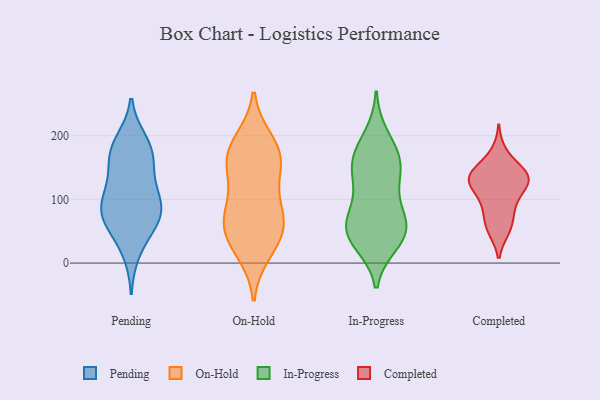
{"axis": {"x": "Satisfaction Score", "y": "Value"}, "legend": ["Completed", "In-Progress", "On-Hold", "Pending"], "data": [{"x": "", "y": 90, "type": "Pending"}, {"x": "", "y": 165, "type": "Pending"}, {"x": "", "y": 17, "type": "Pending"}, {"x": "", "y": 95, "type": "Pending"}, {"x": "", "y": 86, "type": "Pending"}, {"x": "", "y": 56, "type": "Pending"}, {"x": "", "y": 192, "type": "Pending"}, {"x": "", "y": 186, "type": "Pending"}, {"x": "", "y": 170, "type": "Pending"}, {"x": "", "y": 123, "type": "Pending"}, {"x": "", "y": 118, "type": "Pending"}, {"x": "", "y": 66, "type": "Pending"}, {"x": "", "y": 82, "type": "Pending"}, {"x": "", "y": 161, "type": "Pending"}, {"x": "", "y": 61, "type": "Pending"}, {"x": "", "y": 141, "type": "On-Hold"}, {"x": "", "y": 107, "type": "On-Hold"}, {"x": "", "y": 66, "type": "On-Hold"}, {"x": "", "y": 67, "type": "On-Hold"}, {"x": "", "y": 63, "type": "On-Hold"}, {"x": "", "y": 157, "type": "On-Hold"}, {"x": "", "y": 192, "type": "On-Hold"}, {"x": "", "y": 165, "type": "On-Hold"}, {"x": "", "y": 17, "type": "On-Hold"}, {"x": "", "y": 167, "type": "On-Hold"}, {"x": "", "y": 43, "type": "On-Hold"}, {"x": "", "y": 183, "type": "On-Hold"}, {"x": "", "y": 81, "type": "On-Hold"}, {"x": "", "y": 30, "type": "On-Hold"}, {"x": "", "y": 46, "type": "In-Progress"}, {"x": "", "y": 199, "type": "In-Progress"}, {"x": "", "y": 165, "type": "In-Progress"}, {"x": "", "y": 62, "type": "In-Progress"}, {"x": "", "y": 38, "type": "In-Progress"}, {"x": "", "y": 89, "type": "In-Progress"}, {"x": "", "y": 67, "type": "In-Progress"}, {"x": "", "y": 139, "type": "In-Progress"}, {"x": "", "y": 50, "type": "In-Progress"}, {"x": "", "y": 149, "type": "In-Progress"}, {"x": "", "y": 54, "type": "In-Progress"}, {"x": "", "y": 159, "type": "In-Progress"}, {"x": "", "y": 172, "type": "In-Progress"}, {"x": "", "y": 32, "type": "In-Progress"}, {"x": "", "y": 118, "type": "In-Progress"}, {"x": "", "y": 124, "type": "Completed"}, {"x": "", "y": 54, "type": "Completed"}, {"x": "", "y": 140, "type": "Completed"}, {"x": "", "y": 140, "type": "Completed"}, {"x": "", "y": 128, "type": "Completed"}, {"x": "", "y": 116, "type": "Completed"}, {"x": "", "y": 137, "type": "Completed"}, {"x": "", "y": 143, "type": "Completed"}, {"x": "", "y": 173, "type": "Completed"}, {"x": "", "y": 92, "type": "Completed"}, {"x": "", "y": 132, "type": "Completed"}, {"x": "", "y": 53, "type": "Completed"}, {"x": "", "y": 94, "type": "Completed"}, {"x": "", "y": 69, "type": "Completed"}]}